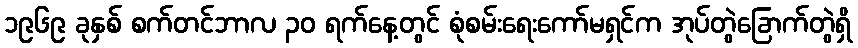
၁၉၆၉ ခုနှစ် စက်တင်ဘာလ ၃၀ ရက်နေ့တွင် စုံစမ်းရေးကော်မရှင်က အုပ်တွဲခြောက်တွဲရှိ